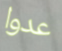
عدوا